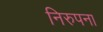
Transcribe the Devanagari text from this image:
निरुपना